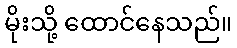
မိုးသို့ ထောင်နေသည်။